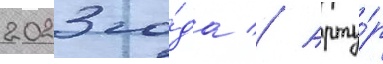
2023 го́да // Арту́р